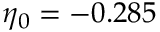
\eta _ { 0 } = - 0 . 2 8 5